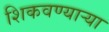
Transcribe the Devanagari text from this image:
शिकवण्यार्‍या